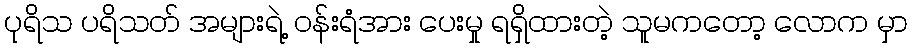
ပုရိသ ပရိသတ် အများရဲ့ ဝန်းရံအား ပေးမှု ရရှိထားတဲ့ သူမကတော့ လောက မှာ